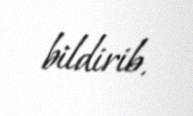
bildirib.